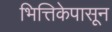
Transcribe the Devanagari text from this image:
भित्तिकेपासून